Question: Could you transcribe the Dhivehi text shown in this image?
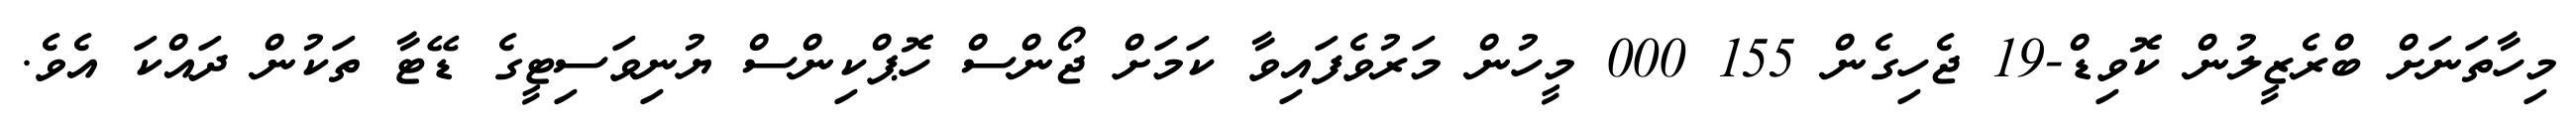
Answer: މިހާތަނަށް ބްރެޒީލުން ކޮވިޑް-19 ޖެހިގެން 155 000 މީހުން މަރުވެފައިވާ ކަމަށް ޖޯންސް ހޮޕްކިންސް ޔުނިވަސިޓީގެ ޑޭޓާ ތަކުން ދައްކަ އެވެ.